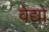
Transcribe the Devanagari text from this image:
वेद्यो